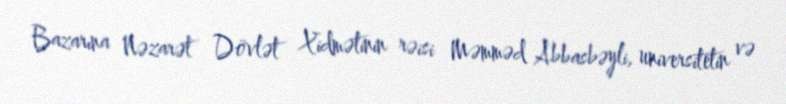
Bazarına Nəzarət Dövlət Xidmətinin rəisi Məmməd Abbasbəyli, universitetin və